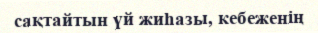
сақтайтын үй жиһазы, кебеженің